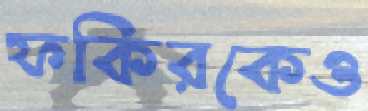
ফকিরকেও